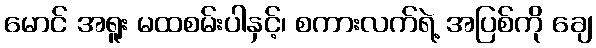
မောင် အရူး မထစမ်းပါနှင့်၊ စကားလက်ရဲ့ အပြစ်ကို ချေ